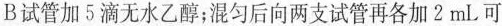
B试管加5滴无水乙醇；混匀后向两支试管再各加2mL可